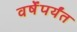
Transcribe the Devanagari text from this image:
वर्षेंपर्यंत